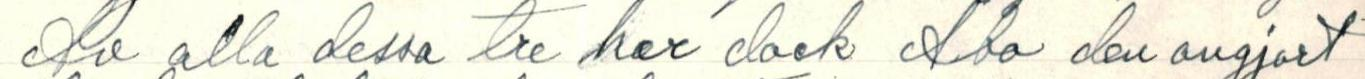
Av alla dessa tre har dock Abo den avgjort